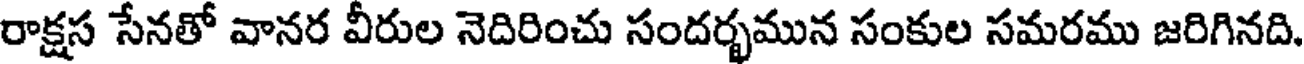
రాక్షస సేనతో వానర వీరుల నెదిరించు సందర్భమున సంకుల సమరము జరిగినది.